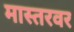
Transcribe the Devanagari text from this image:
मास्तरवर